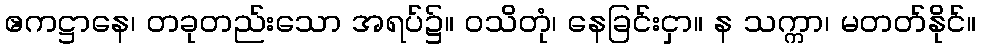
ဧကဋ္ဌာနေ၊ တခုတည်းသော အရပ်၌။ ဝသိတုံ၊ နေခြင်းငှာ။ န သက္ကာ၊ မတတ်နိုင်။